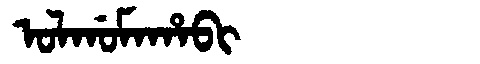
Manchu: ᠣᠯᡤᠣᠮᠠᡥᠠᠪᡳ
Romanization: OLGOMAHABI